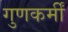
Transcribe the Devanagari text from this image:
गुणकर्मीं